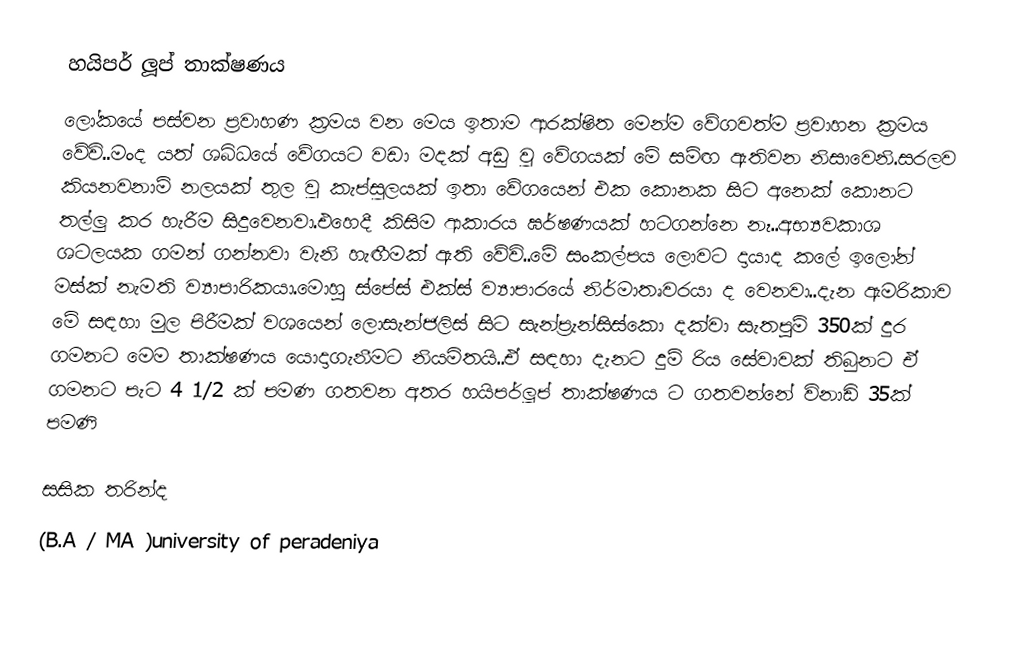
හයිපර් ලූප් තාක්ෂණය
ලෝකයේ පස්වන ප්‍රවාහණ ක්‍රමය වන මෙය ඉතාම ආරක්ෂිත මෙන්ම වේගවත්ම ප්‍රවාහන ක්‍රමය වේවි..මංද යත් ශබ්ධයේ වේගයට වඩා මදක් අඩු වූ වේගයක් මේ සම්ඟ ඇතිවන නිසාවෙනි.සරලව කියනවනාම් නලයක් තුල වූ කැප්සූලයක් ඉතා වේගයෙන් එක කොනක සිට අනෙක් කොනට තල්ලු කර හැරීම සිදුවෙනවා.එහෙදී කිසිම ආකාරය ඝර්ෂණයක් හටගන්නෙ නෑ..අභ්‍යවකාශ ශටලයක ගමන් ගන්නවා වැනි හැඟීමක් ඇති වේවි..මේ සංකල්පය ලොවට දායාද කලේ ඉලෝන් මස්ක් නැමති ව්‍යාපාරිකයා.මොහු ස්පේස් එක්ස් ව්‍යාපාරයේ නිර්මාතෘවරයා ද වෙනවා..දැන ඇමරිකාව මේ සඳහා මුල පිරීමක් වශයෙන් ලොසැන්ජලිස් සිට සැන්ප්‍රැන්සිස්කො දක්වා සැතපුම් 350ක් දුර ගමනට මෙම තාක්ෂණය යොදාගැනීමට නියමිතයි..ඒ සඳහා දැනට දුම්‍ රිය සේවාවක් තිබුනට ඒ ගමනට පැට 4 1/2 ක් පමණ ගතවන අතර හයිපර්ලූප් තාක්ෂණය ට ගතවන්නේ විනාඩි 35ක් පමණි

සසික තරින්ද
(B.A / MA )university of peradeniya